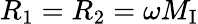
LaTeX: R_{1}=R_{2}=\omega M_{\mathrm{I}}